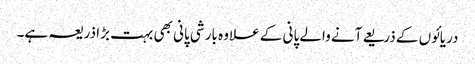
دریائوں کے ذریعے آنے والے پانی کے علاوہ بارشی پانی بھی بہت بڑا ذریعہ ہے۔